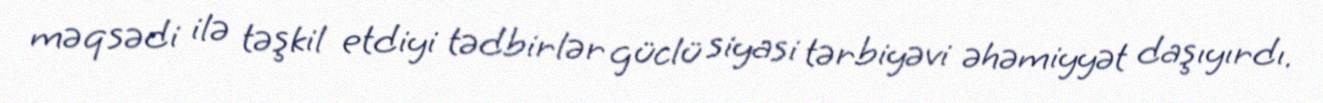
məqsədi ilə təşkil etdiyi tədbirlər güclü siyasi tərbiyəvi əhəmiyyət daşıyırdı.